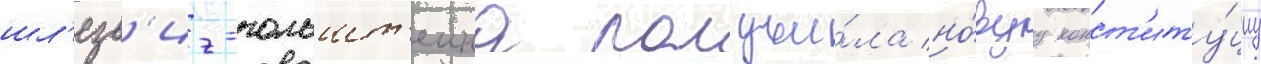
шл'езв'иг-гольшт'еина получи́ла но́вуу конст'иту́циу